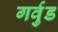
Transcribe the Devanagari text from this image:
गर्वुड